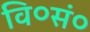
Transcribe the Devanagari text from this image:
वि०सं०